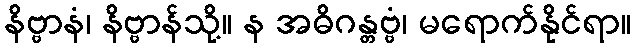
နိဗ္ဗာနံ၊ နိဗ္ဗာန်သို့။ န အဓိဂန္တဗ္ဗံ၊ မရောက်နိုင်ရာ။